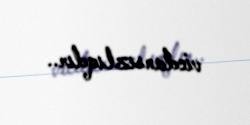
vicdansızlıqdır..